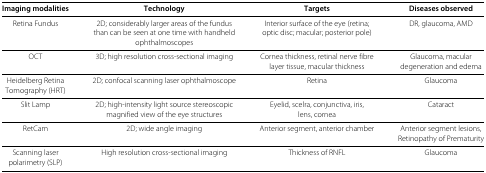
<table><thead><tr><td><b>Imaging modalities</b></td><td><b>Technology</b></td><td><b>Targets</b></td><td><b>Diseases observed</b></td></tr></thead><tbody><tr><td>Retina Fundus</td><td>2D; considerably larger areas of the fundus</td><td>Interior surface of the eye (retina;</td><td>DR, glaucoma, AMD</td></tr><tr><td> </td><td>than can be seen at one time with handheld</td><td>optic disc; macular; posterior pole)</td><td> </td></tr><tr><td> </td><td>ophthalmoscopes</td><td> </td><td> </td></tr><tr><td>OCT</td><td>3D; high resolution cross-sectional imaging</td><td>Cornea thickness, retinal nerve fibre</td><td>Glaucoma, macular</td></tr><tr><td> </td><td> </td><td>layer tissue, macular thickness</td><td>degeneration and edema</td></tr><tr><td>Heidelberg Retina</td><td>2D; confocal scanning laser ophthalmoscope</td><td>Retina</td><td>Glaucoma</td></tr><tr><td>Tomography (HRT)</td><td> </td><td> </td><td> </td></tr><tr><td>Slit Lamp</td><td>2D; high-intensity light source stereoscopic</td><td>Eyelid, scelra, conjunctiva, iris,</td><td>Cataract</td></tr><tr><td> </td><td>magnified view of the eye structures</td><td>lens, cornea</td><td> </td></tr><tr><td>RetCam</td><td>2D; wide angle imaging</td><td>Anterior segment, anterior chamber</td><td>Anterior segment lesions,</td></tr><tr><td> </td><td> </td><td> </td><td>Retinopathy of Prematurity</td></tr><tr><td>Scanning laser</td><td>High resolution cross-sectional imaging</td><td>Thickness of RNFL</td><td>Glaucoma</td></tr><tr><td>polarimetry (SLP)</td><td> </td><td> </td><td> </td></tr></tbody></table>